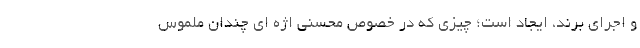
و اجرای برند، ایجاد است؛ چیزی که در خصوصِ محسنی اژه ای چندان ملموس